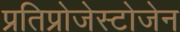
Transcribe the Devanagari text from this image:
प्रतिप्रोजेस्टोजेन